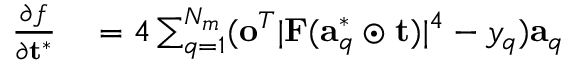
\begin{array} { r l } { \frac { \partial f } { \partial \mathbf { t } ^ { * } } } & { { } = 4 \sum _ { q = 1 } ^ { N _ { m } } ( \mathbf { o } ^ { T } \lvert \mathbf { F } ( \mathbf { a } _ { q } ^ { * } \odot \mathbf { t } ) \rvert ^ { 4 } - y _ { q } ) \mathbf { a } _ { q } } \end{array}